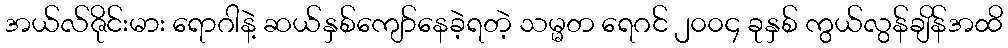
အယ်လ်ဇိုင်းမား ရောဂါနဲ့ ဆယ်နှစ်ကျော်နေခဲ့ရတဲ့ သမ္မတ ရေဂင် ၂၀၀၄ ခုနှစ် ကွယ်လွန်ချိန်အထိ